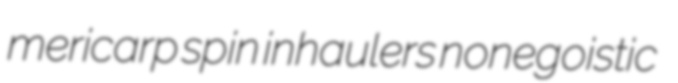
mericarp spin inhaulers nonegoistic